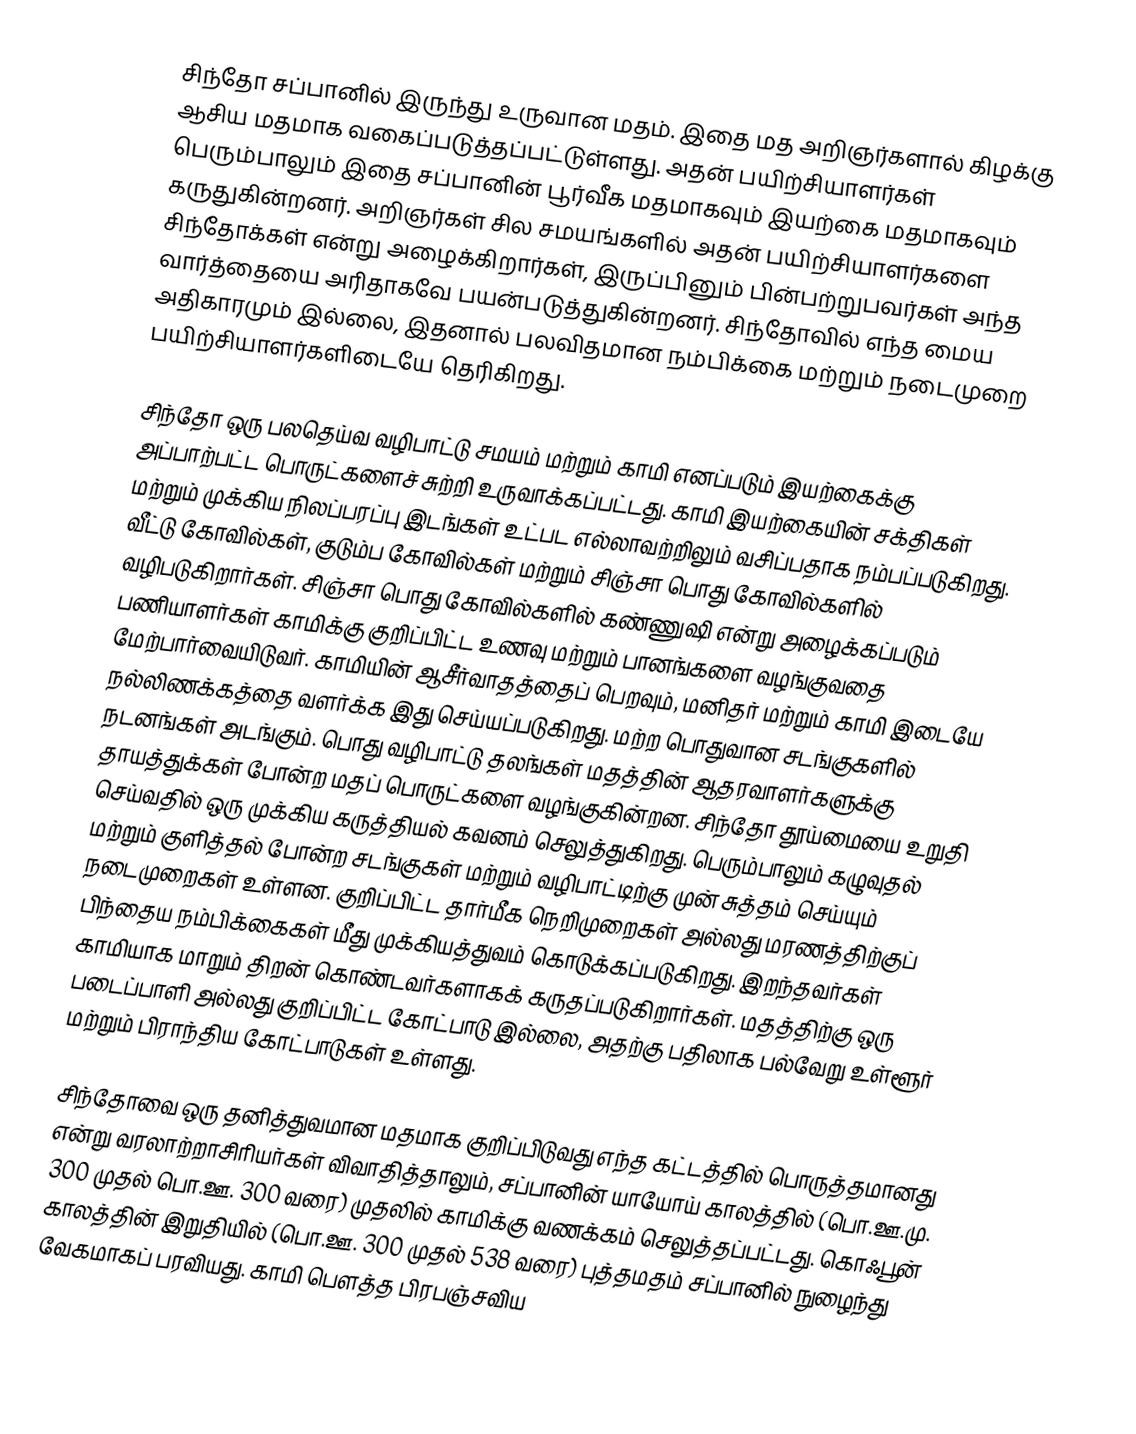
சிந்தோ சப்பானில் இருந்து உருவான மதம். இதை மத அறிஞர்களால் கிழக்கு ஆசிய மதமாக வகைப்படுத்தப்பட்டுள்ளது. அதன் பயிற்சியாளர்கள் பெரும்பாலும் இதை சப்பானின் பூர்வீக மதமாகவும் இயற்கை மதமாகவும் கருதுகின்றனர். அறிஞர்கள் சில சமயங்களில் அதன் பயிற்சியாளர்களை சிந்தோக்கள் என்று அழைக்கிறார்கள், இருப்பினும் பின்பற்றுபவர்கள் அந்த வார்த்தையை அரிதாகவே பயன்படுத்துகின்றனர். சிந்தோவில் எந்த மைய அதிகாரமும் இல்லை, இதனால் பலவிதமான நம்பிக்கை மற்றும் நடைமுறை பயிற்சியாளர்களிடையே தெரிகிறது.

சிந்தோ ஒரு பலதெய்வ வழிபாட்டு சமயம் மற்றும் காமி எனப்படும் இயற்கைக்கு அப்பாற்பட்ட பொருட்களைச் சுற்றி உருவாக்கப்பட்டது. காமி இயற்கையின் சக்திகள் மற்றும் முக்கிய நிலப்பரப்பு இடங்கள் உட்பட எல்லாவற்றிலும் வசிப்பதாக நம்பப்படுகிறது. வீட்டு கோவில்கள், குடும்ப கோவில்கள் மற்றும் சிஞ்சா பொது கோவில்களில் வழிபடுகிறார்கள். சிஞ்சா பொது கோவில்களில் கண்ணுஷி என்று அழைக்கப்படும் பணியாளர்கள் காமிக்கு குறிப்பிட்ட உணவு மற்றும் பானங்களை வழங்குவதை மேற்பார்வையிடுவர். காமியின் ஆசீர்வாதத்தைப் பெறவும், மனிதர் மற்றும் காமி இடையே நல்லிணக்கத்தை வளர்க்க இது செய்யப்படுகிறது. மற்ற பொதுவான சடங்குகளில் நடனங்கள் அடங்கும். பொது வழிபாட்டு தலங்கள் மதத்தின் ஆதரவாளர்களுக்கு தாயத்துக்கள் போன்ற மதப் பொருட்களை வழங்குகின்றன. சிந்தோ தூய்மையை உறுதி செய்வதில் ஒரு முக்கிய கருத்தியல் கவனம் செலுத்துகிறது. பெரும்பாலும் கழுவுதல் மற்றும் குளித்தல் போன்ற சடங்குகள் மற்றும் வழிபாட்டிற்கு முன் சுத்தம் செய்யும் நடைமுறைகள் உள்ளன. குறிப்பிட்ட தார்மீக நெறிமுறைகள் அல்லது மரணத்திற்குப் பிந்தைய நம்பிக்கைகள் மீது முக்கியத்துவம் கொடுக்கப்படுகிறது. இறந்தவர்கள் காமியாக மாறும் திறன் கொண்டவர்களாகக் கருதப்படுகிறார்கள். மதத்திற்கு ஒரு படைப்பாளி அல்லது குறிப்பிட்ட கோட்பாடு இல்லை, அதற்கு பதிலாக பல்வேறு உள்ளூர் மற்றும் பிராந்திய கோட்பாடுகள் உள்ளது.

சிந்தோவை ஒரு தனித்துவமான மதமாக குறிப்பிடுவது எந்த கட்டத்தில் பொருத்தமானது என்று வரலாற்றாசிரியர்கள் விவாதித்தாலும், சப்பானின் யாயோய் காலத்தில் (பொ.ஊ.மு. 300 முதல் பொ.ஊ. 300 வரை) முதலில் காமிக்கு வணக்கம் செலுத்தப்பட்டது. கொஃபூன் காலத்தின் இறுதியில் (பொ.ஊ. 300 முதல் 538 வரை) புத்தமதம் சப்பானில் நுழைந்து வேகமாகப் பரவியது. காமி பௌத்த பிரபஞ்சவிய